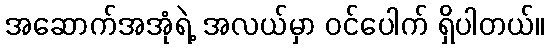
အဆောက်အအုံရဲ့ အလယ်မှာ ဝင်ပေါက် ရှိပါတယ်။